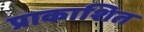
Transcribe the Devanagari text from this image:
प्राकाशित